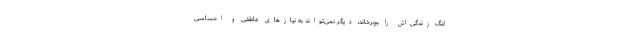
لنگ زندگی‌اش را بچرخاند، دیگر نمی‌تواند به نیازهای عاطفی و احساسی